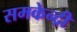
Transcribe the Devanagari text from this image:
समकेन्द्री